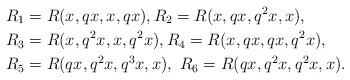
LaTeX: \begin{align*} R_{1}&=R(x, qx, x, qx), R_{2}=R(x, qx, q^{2}x, x),\\ R_{3}&=R(x, q^{2}x, x, q^{2}x),R_{4}=R(x, qx, qx, q^{2}x),\\ R_{5}&=R(qx, q^{2}x, q^{3}x, x),\ R_{6}=R(qx, q^{2}x, q^{2}x, x).\end{align*}